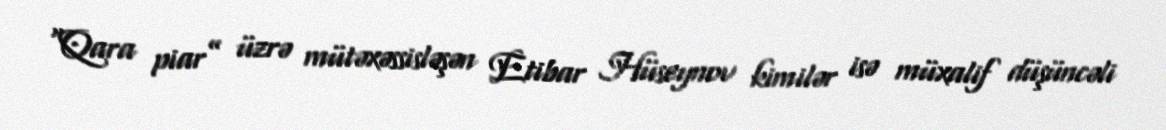
“Qara piar” üzrə mütəxəssisləşən Etibar Hüseynov kimilər isə müxalif düşüncəli